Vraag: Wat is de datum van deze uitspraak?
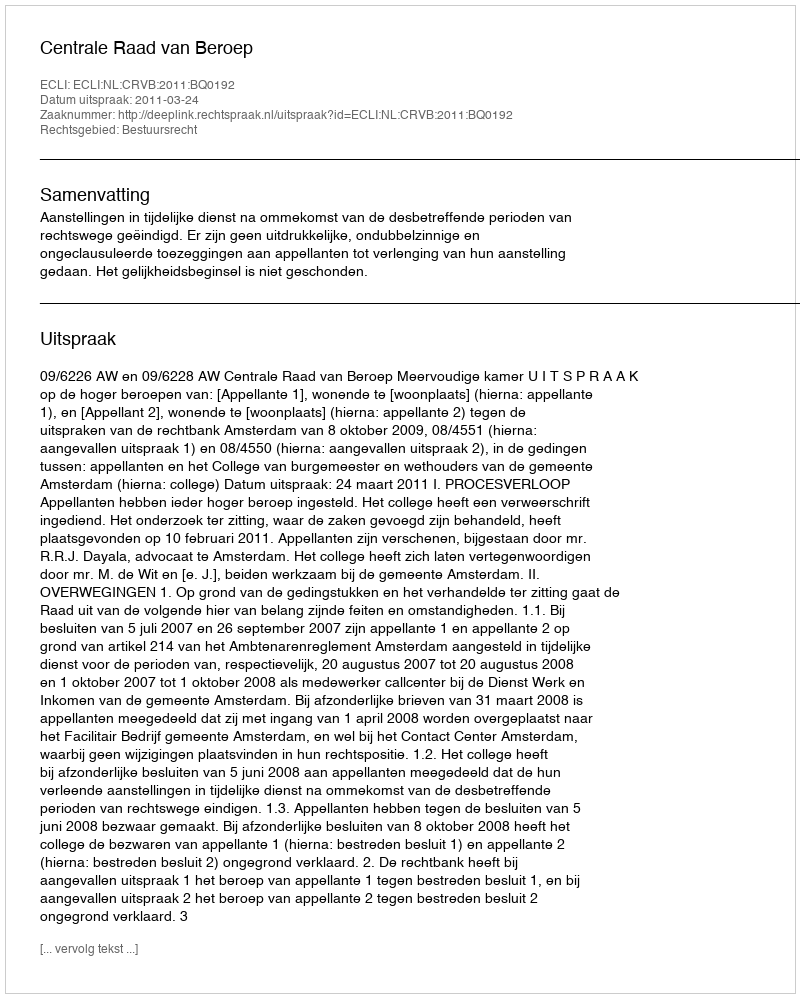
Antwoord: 2011-03-24